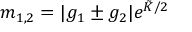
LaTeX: m _ { 1 , 2 } = | g _ { 1 } \pm g _ { 2 } | e ^ { \tilde { \cal K } / 2 }